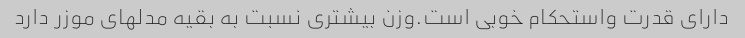
دارای قدرت واستحکام خوبی است.وزن بیشتری نسبت به بقیه مدلهای موزر دارد